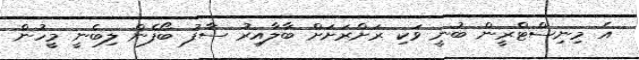
އެ މިނިސްޓްރީން ބުނީ ވަކި ރަށްރަށަށް ބާލާއިރު ސާފު ބޯފެން ލިބެނީ މީހުން